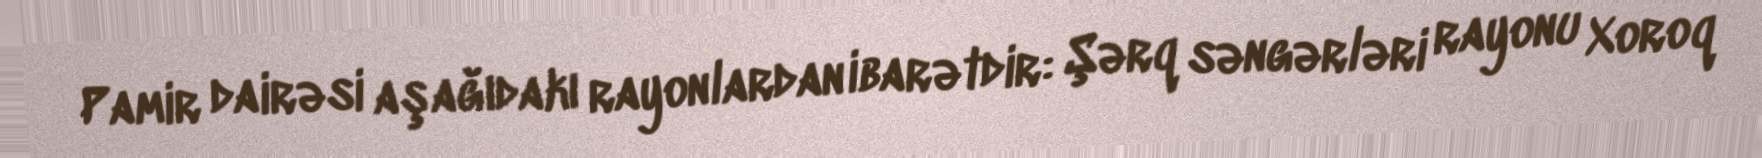
Pamir dairəsi aşağıdakı rayonlardan ibarətdir: Şərq səngərləri rayonu Xoroq